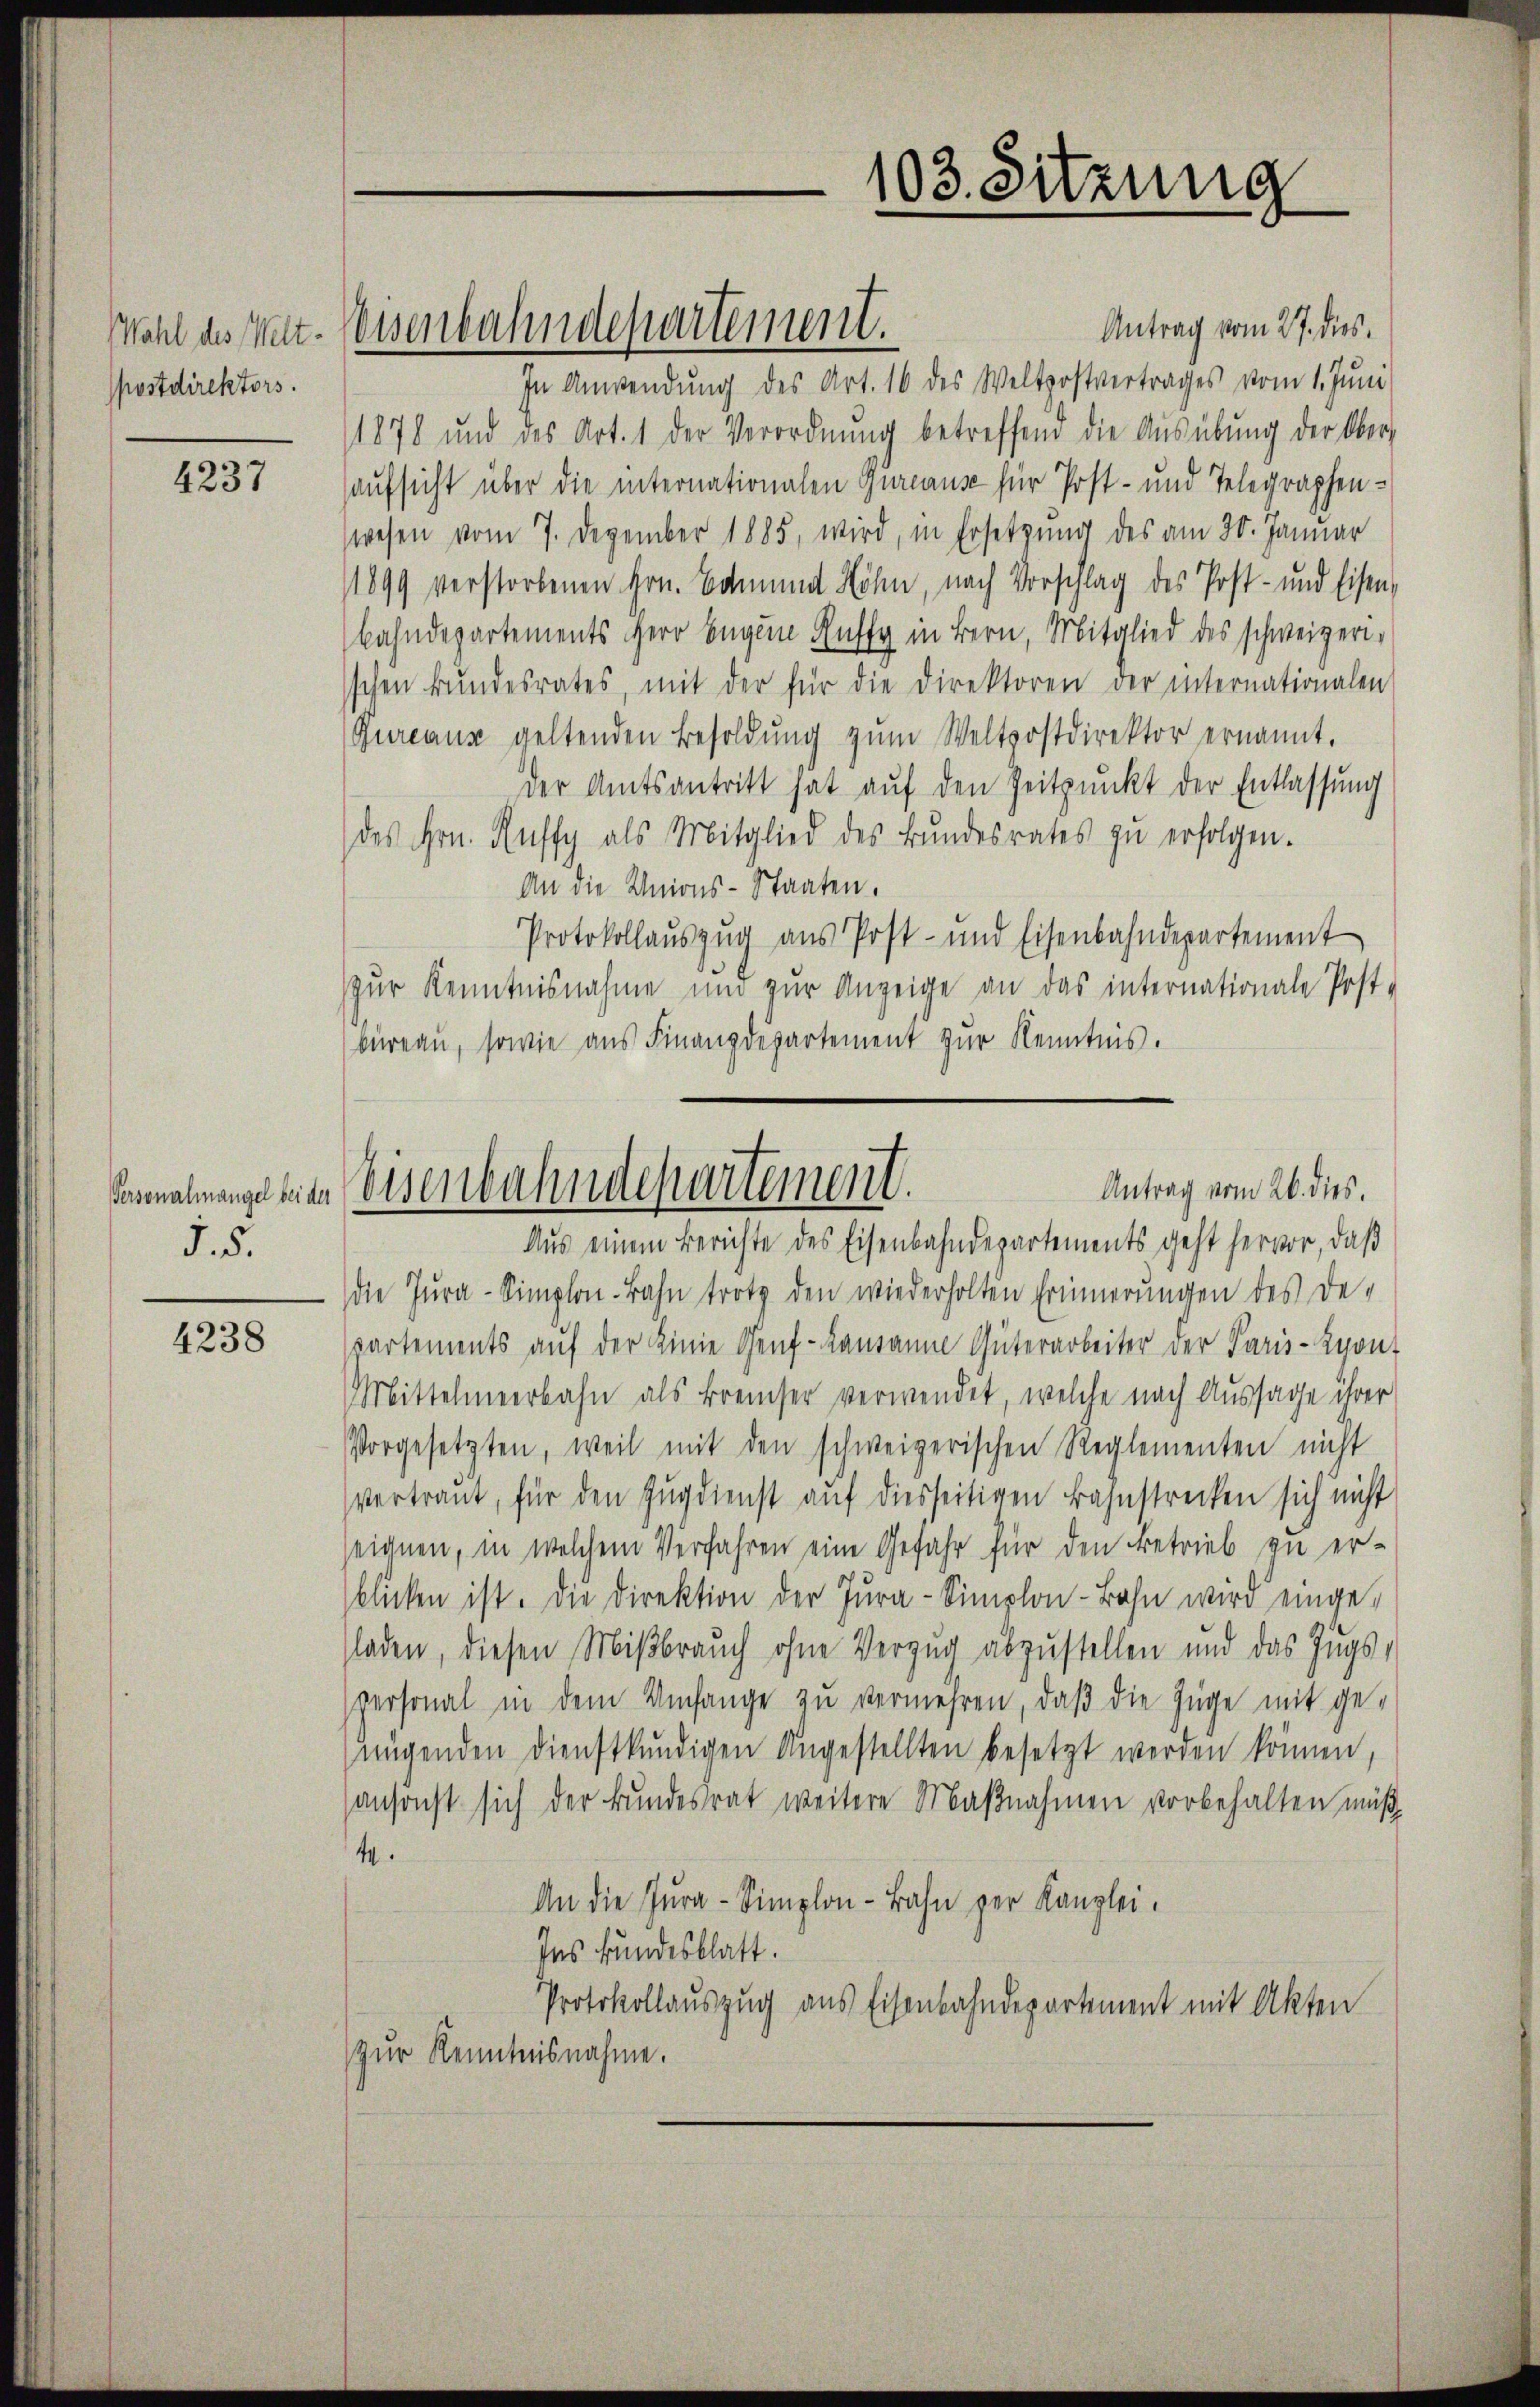
Wahl des Welt-
postdirektors.

4237

§. 5.

4238

Antrag vom 27. dies
In Anwendŭng des Art. 16 des Weltpostvertrages vom 1. Jŭni
1878 und des Art. 1 der Verordnŭng betreffend die Aŭsübŭng der Ober-
aufsicht über die internationalen Gureause für Post- und Telegraphen-
wesen vom 7. Dezember 1885, wird, in Ersetzung des am 30. Januar
1899 verstorbenen Hrn. Bama Höhn, nach Vorschlag des Post- und Eisen-
bahndepartements Herr Eugen Ruffy in Bern, Mitglied des schweizerisschen Bŭndesrates, mit der für die Direktoren der internationalen
Bureaus geltenden Besoldung zŭm Weltpostdirektor ernannt.
der Amtsantritt hat auf den Zeitpunkt der Entlassung
des Hrn. Ruffy als Mitglied des Bundesrates zu erfolgen.
An die Unions-Staaten.
Protokollauszug aus Post- und Eisenbahndepartement
zur Kenntnisnahme und zŭr Anzeige an das internationale Post-
büreau, sowie aus Finanzdepartement zur Kenntnis.

Weisenbahndepartement.

103. Sitzung

Aus einem Berichte des Eisenbahndepartements geht hervor, daß
die Jura-Simplon. Bahn trotz den wiederholten Erinnerungen des De-
partements aŭf der Linie Genf - Kausanne Güterarbeiter der Paris-Zyon-
Mittelmeerbahn als Breiser verwendet, welche nach Aussage ihrer
Vorgesetzten, weil mit den schweizerischen Reglementen nicht
vertraut, für den Zugdienst auf diesseitigen Bahnstrecken sich nicht
seignen, in welchem Verfahren eine Gefahr für den Betrieb zu er-
blicken ist. Die Direktion der Jura-Simplon-Bahn wird eingesladen, diesen Mißbrauch ohne Verzug abzustellen und das Zugs-
personal in dem Umfange zu vermehren, daß die Züge mit ge-
nügenden dienstkŭndigen Angestellten besetzt werden können,
ansonst sich der Bundesrat weitere Maßnahmen vorbehalten müß
4
An die Jura-Simplon-Bahn zur Kanzlei.
Ins kundesblatt.
Protokollauszug aus Eisenbahndepartement mit Akten
zur Kenntnisnahme.

Antrag vom 26. dies.
Pennalmange seine Eisenbahndepartement.